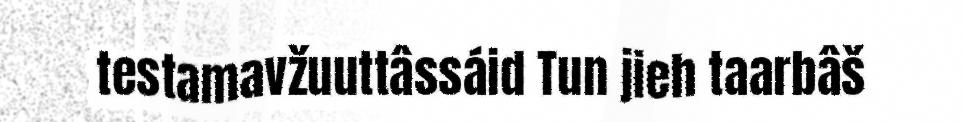
testamavžuuttâssáid Tun jieh taarbâš